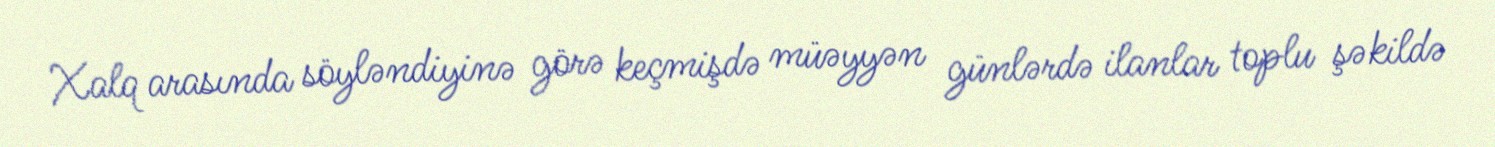
Xalq arasında söyləndiyinə görə keçmişdə müəyyən günlərdə ilanlar toplu şəkildə